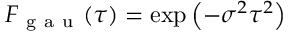
F _ { \mathrm { ~ g ~ a ~ u ~ } } ( \tau ) = \exp \left( - \sigma ^ { 2 } \tau ^ { 2 } \right)